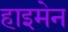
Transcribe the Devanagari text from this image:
हाइमेन